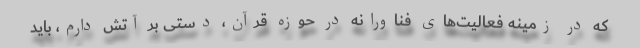
که در زمینه فعالیت‌های فناورانه در حوزه قرآن، دستی بر آتش دارم، باید